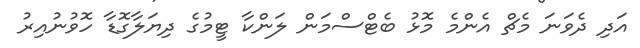
އަދި ދެވަނަ މެޗް އެންމެ މޮޅު ބެޓްސްމަން ލަންކާ ޓީމުގެ ދިޔަލާގޮޑާ ހޮވުނުއިރު